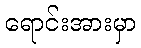
ရောင်းအားမှာ